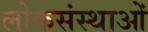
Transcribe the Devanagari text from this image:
लोकसंस्थाओं